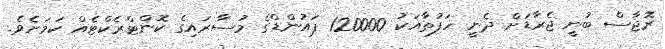
ރޮޖާސް ބުނީ ޖެރާޑަށް ދެނީ ހަފުތާއަކު 120000 ޕައުންޑްގެ މުސާރައިގެ ކޮންޓްރެކްޓެއް ކަމަށެވެ.